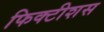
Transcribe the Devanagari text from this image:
फिक्टीशस